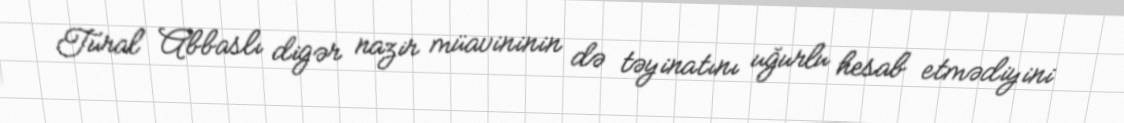
Tural Abbaslı digər nazir müavininin də təyinatını uğurlu hesab etmədiyini